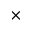
\times